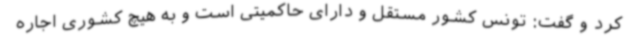
کرد و گفت: تونس کشور مستقل و دارای حاکمیتی است و به هیچ کشوری اجاره